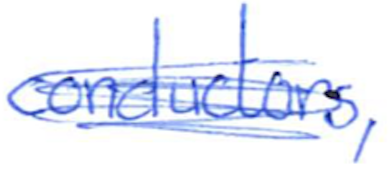
Text: conductors,
Cross-out: scratch
Writing tool: ballpoint